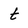
Character: t